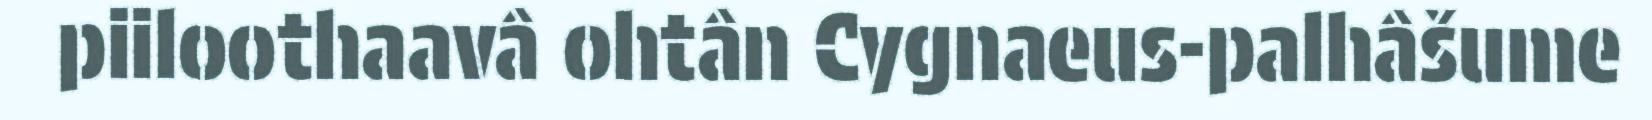
piiloothaavâ ohtân Cygnaeus-palhâšume